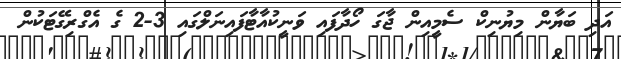
އަދި ބަޔާން މިޔުނިކް ސެމީއިން ޖާގަ ހޯދާފައި ވަނީކުއާޓާފައިނަލްގައި 3-2 ގެ އެގްރިގޭޓަކުން